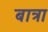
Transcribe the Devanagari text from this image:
बात्रा